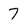
Character: 7